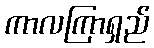
ကာလကြာရှည်